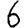
Digit: 6